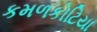
કમળકોટિયા